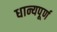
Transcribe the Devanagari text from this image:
धान्यपूर्ण